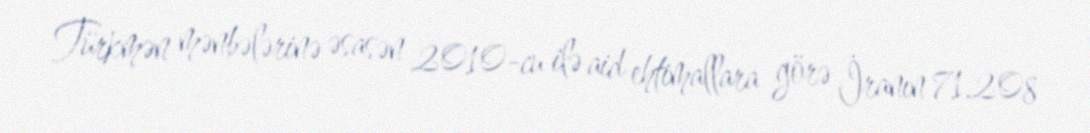
Türkmən mənbələrinə əsasən 2010-cu ilə aid ehtimallara görə İranın 71.208